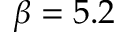
\beta = 5 . 2